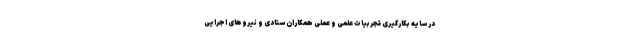
در سایه بکارگیری تجربیات علمی و عملی همکاران ستادی و نیروهای اجرایی